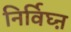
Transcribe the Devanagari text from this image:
निर्विघ्ऩ